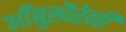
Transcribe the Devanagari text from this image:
आँबुखैरेनी